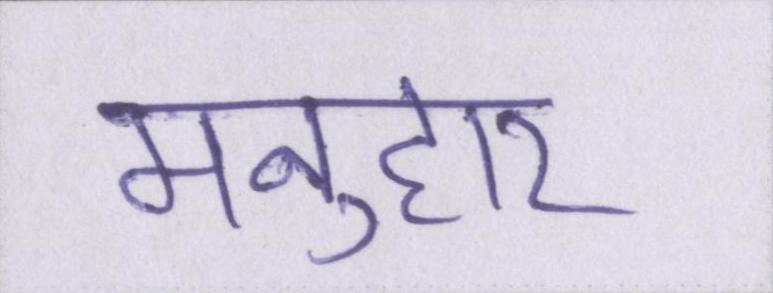
मनुहार